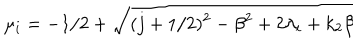
\mu _ { i } = - 1 / 2 + \sqrt { ( j + 1 / 2 ) ^ { 2 } - \beta ^ { 2 } + 2 \lambda _ { i } + k _ { 2 } \beta }